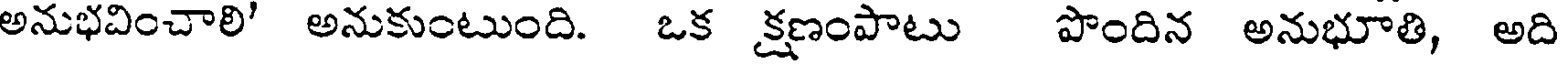
అనుభవించాలి' అనుకుంటుంది. ఒక క్షణంపాటు పొందిన అనుభూతి, అది